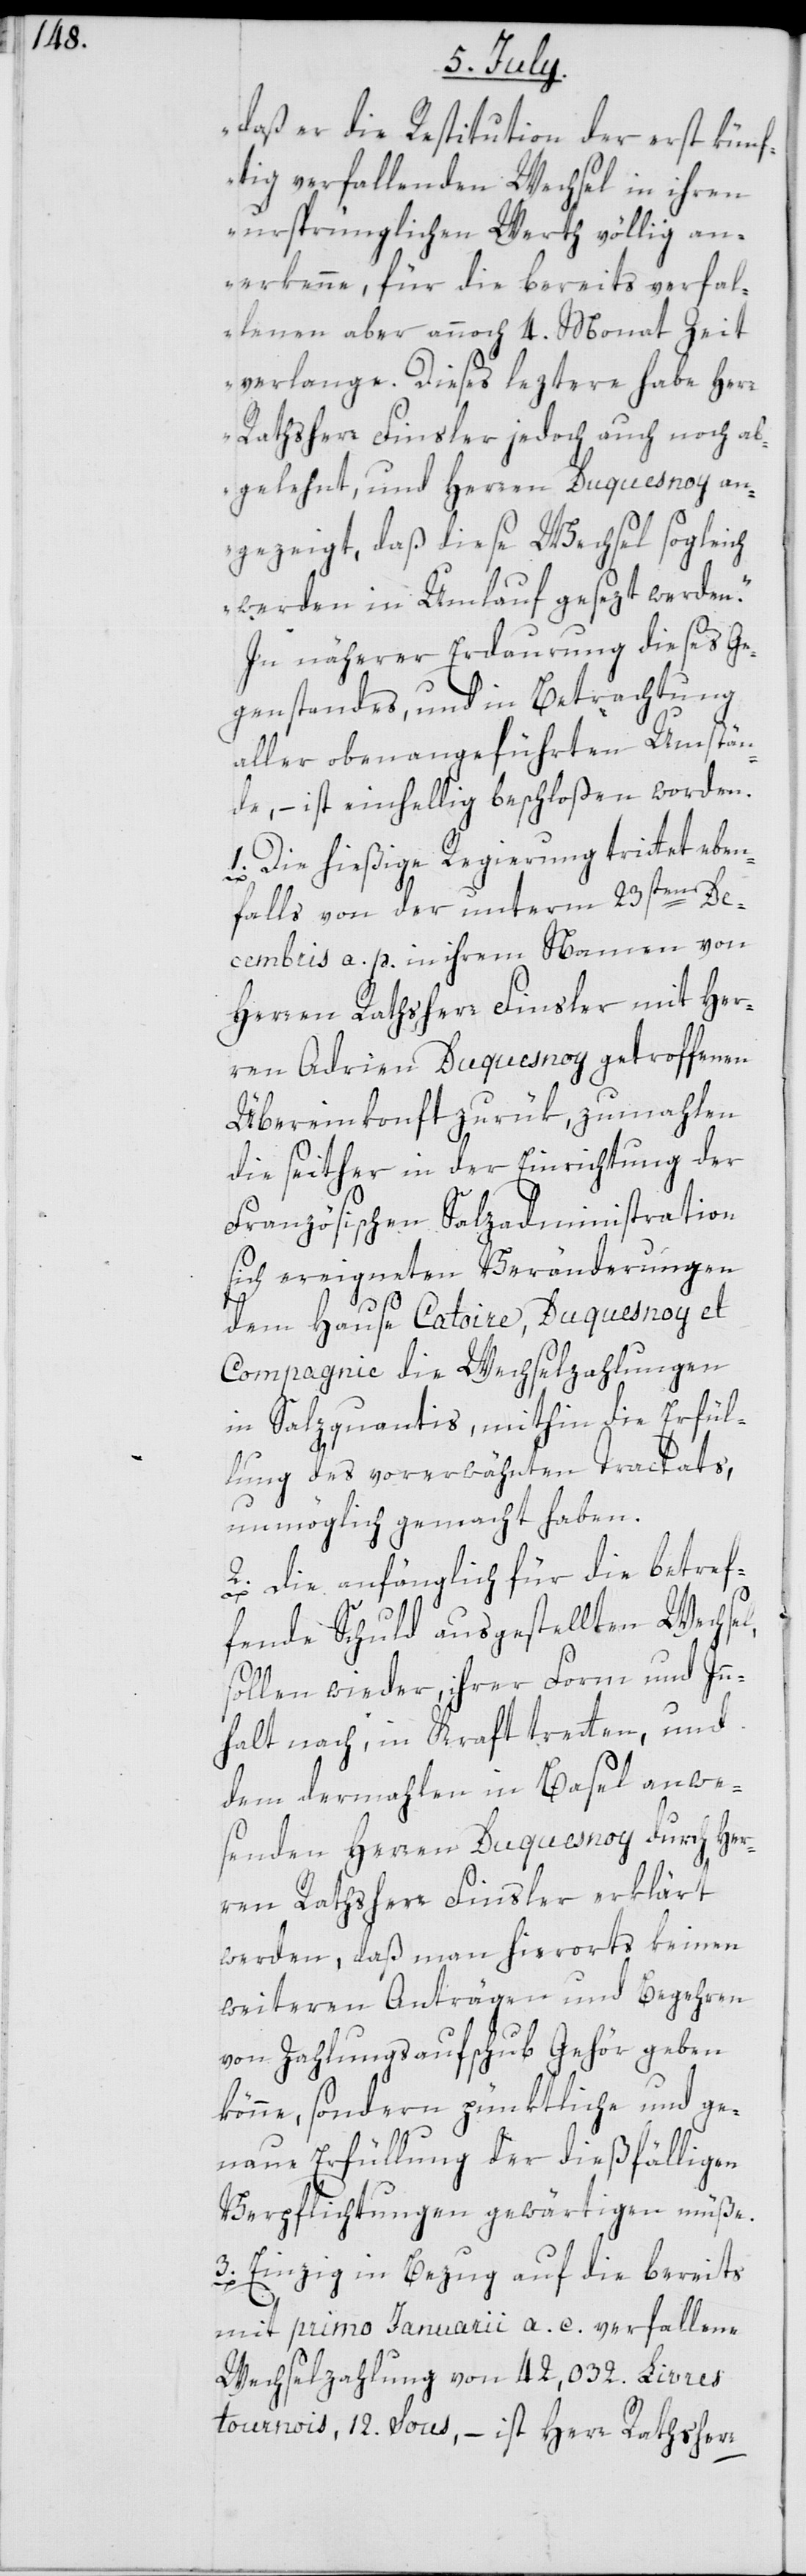
daß er die Restitution der erst künf¬
tig verfallenden Wechsel in ihren
ursprünglichen Werth völlig an¬
erkenne, für die bereits verfal¬
lenen aber annoch 4. Monat Zeit
verlange. Dieses leztere habe Herr
Rathsherr Finsler jedoch auch noch ab¬
gelehnt, und Herren Duquesnoy an¬
gezeigt, daß diese Wechsel sogleich
werden in Umlauf gesezt werden.“
In näherer Erdaurung dieses Ge¬
genstandes, und in Betrachtung
aller oben angeführten Umstän¬
de, – ist einhellig beschloßen worden.
1. Die hießige Regierung trittet eben¬
falls von der unterm 23sten De¬
cembris a. p. in ihrem Namen von
Herren Rathsherr Finsler mit Her¬
ren Adrien Duquesnoy getroffenen
Übereinkonft zurük, zumahlen
die seither in der Einrichtung der
Französischen Salzadministration
sich ereigneten Veränderungen
dem Hause Catoire, Duquesnoy et
Compagnie die Wechselzahlungen
in Salzquantis, mithin die Erfül¬
lung des vorerwähnten Tractats,
unmöglich gemacht haben.
2. Die anfänglich für die betref¬
fende Schuld ausgestellten Wechsel,
sollen wieder ihrer Form und Inn¬
halt nach, in Kraft tretten, und
dem dermahlen in Basel anwe¬
senden Herren Duquesnoy durch Her¬
ren Rathsherr Finsler erklärt
werden, daß man hierorts keinen
weiteren Anträgen und Begehren
von Zahlungsaufschub Gehör geben
könne, sondern pünktliche und ge¬
naue Erfüllung der dießfälligen
Verpflichtungen gewärtigen müße.
3. Einzig in Bezug auf die bereits
mit primo Januarii a. c. verfallene
Wechselzahlung von 42,032. Livres
tournois, 12. Sous, – ist Herr Rathsherr